Plague in India, 1896, 1897 - Volume 2
Year: 1896
Disease focus: Plague
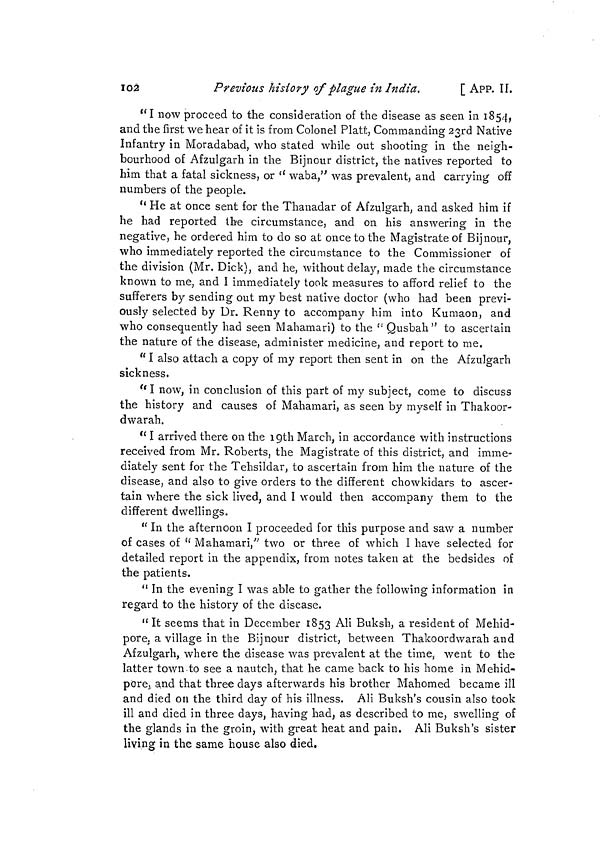
102
Previous history of plague in India.
[ APP. II.
"I now proceed to the consideration of the disease as seen in 1854,
and the first we hear of it is from Colonel Platt, Commanding 23rd Native
Infantry in Moradabad, who stated while out shooting in the neigh-
bourhood of Afzulgarh in the Bijnour district, the natives reported to
him that a fatal sickness, or " waba," was prevalent, and carrying off
numbers of the people.
" He at once sent for the Thanadar of Afzulgarh, and asked him if
he had reported the circumstance, and on his answering in the
negative, he ordered him to do so at once to the Magistrate of Bijnour,
who immediately reported the circumstance to the Commissioner of
the division (Mr. Dick), and he, without delay, made the circumstance
known to me, and I immediately took measures to afford relief to the
sufferers by sending out my best native doctor (who had been previ-
ously selected by Ur. Renny to accompany him into Kumaon, and
who consequently had seen Mahamari) to the " Qusbah" to ascertain
the nature of the disease, administer medicine, and report to me.
"I also attach a copy of my report then sent in on the Afzulgarh
sickness.
"I now, in conclusion of this part of my subject, come to discuss
the history and causes of Mahamari, as seen by myself in Thakoor-
dwarah.
" I arrived there on the 19th March, in accordance with instructions
received from Mr. Roberts, the Magistrate of this district, and imme-
diately sent for the Tehsildar, to ascertain from him the nature of the
disease, and also to give orders to the different chowkidars to ascer-
tain where the sick lived, and I would then accompany them to the
different dwellings.
" In the afternoon I proceeded for this purpose and saw a number
of cases of "Mahamari" two or three of which I have selected for
detailed report in the appendix, from notes taken at the bedsides of
the patients.
" In the evening I was able to gather the following information in
regard to the history of the disease.
" It seems that in December 1853 Ali Buksh, a resident of Mehid-
pore. a village in the Bijnour district, between Thakoordwarah and
Afzulgarh, where the disease was prevalent at the time, went to the
latter town to see a nautch, that he came back to his home in Mehid-
pore, and that three days afterwards his brother Mahomed became ill
and died on the third day of his illness. Ali Buksh's cousin also took
ill and died in three days, having had, as described to me, swelling of
the glands in the groin, with great heat and pain. Ali Buksh's sister
living in the same house also died.